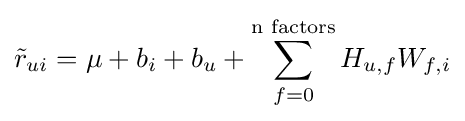
{\tilde {r}}_{ui}=\mu +b_{i}+b_{u}+\sum _{f=0}^{\text{n factors}}H_{u,f}W_{f,i}